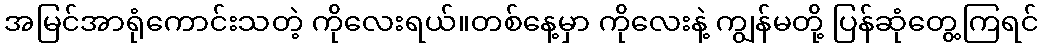
အမြင်အာရုံကောင်းသတဲ့ ကိုလေးရယ်။တစ်နေ့မှာ ကိုလေးနဲ့ ကျွန်မတို့ ပြန်ဆုံတွေ့ကြရင်